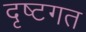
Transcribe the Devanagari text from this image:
दृष्टगत